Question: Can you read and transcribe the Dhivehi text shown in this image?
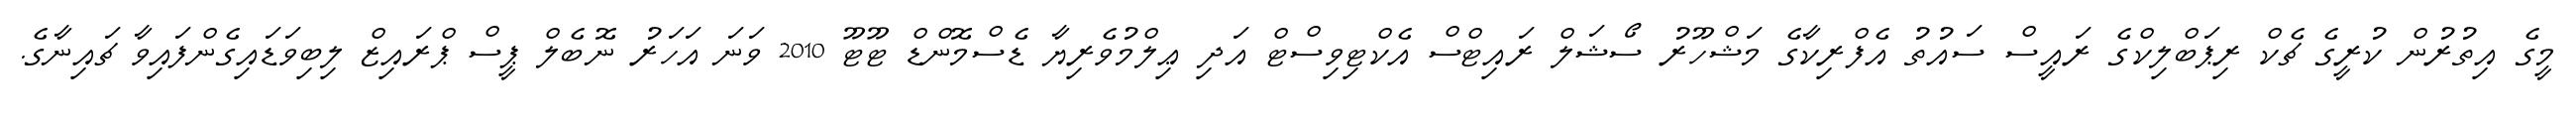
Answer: މީގެ އިތުރުން ކުރީގެ ޗެކް ރިޕަބްލިކްގެ ރައީސް ސައުތު އެފްރިކާގެ މަޝްހޫރު ސޯޝަލް ރައިޓްސް އެކްޓިވިސްޓް އަދި ޢިލްމުވެރިޔާ ޑެސްމޮންޑް ޓޫޓޫ 2010 ވަނަ އަހަރު ނޮބެލް ޕީސް ޕްރައިޒް ލިބިވަޑައިގެންފައިވާ ޗައިނާގެ.